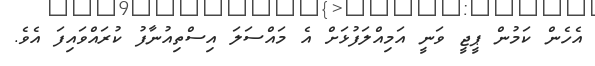
އެހެން ކަމުން ޕީޖީ ވަނީ އަމިއްލަފުޅަށް އެ މައްސަލަ އިސްތިއުނާފު ކުރައްވައިފަ އެވެ.